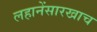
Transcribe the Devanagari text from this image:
लहानेंसारखाच